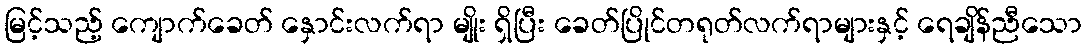
မြင့်သည့် ကျောက်ခေတ် နှောင်းလက်ရာ မျိုး ရှိပြီး ခေတ်ပြိုင်တရုတ်လက်ရာများနှင့် ရေချိန်ညီသော